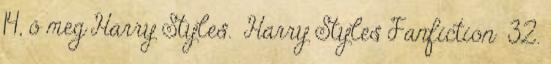
14, ő meg Harry Styles. Harry Styles Fanfiction 32.